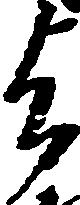
与